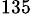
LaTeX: {}^{135}